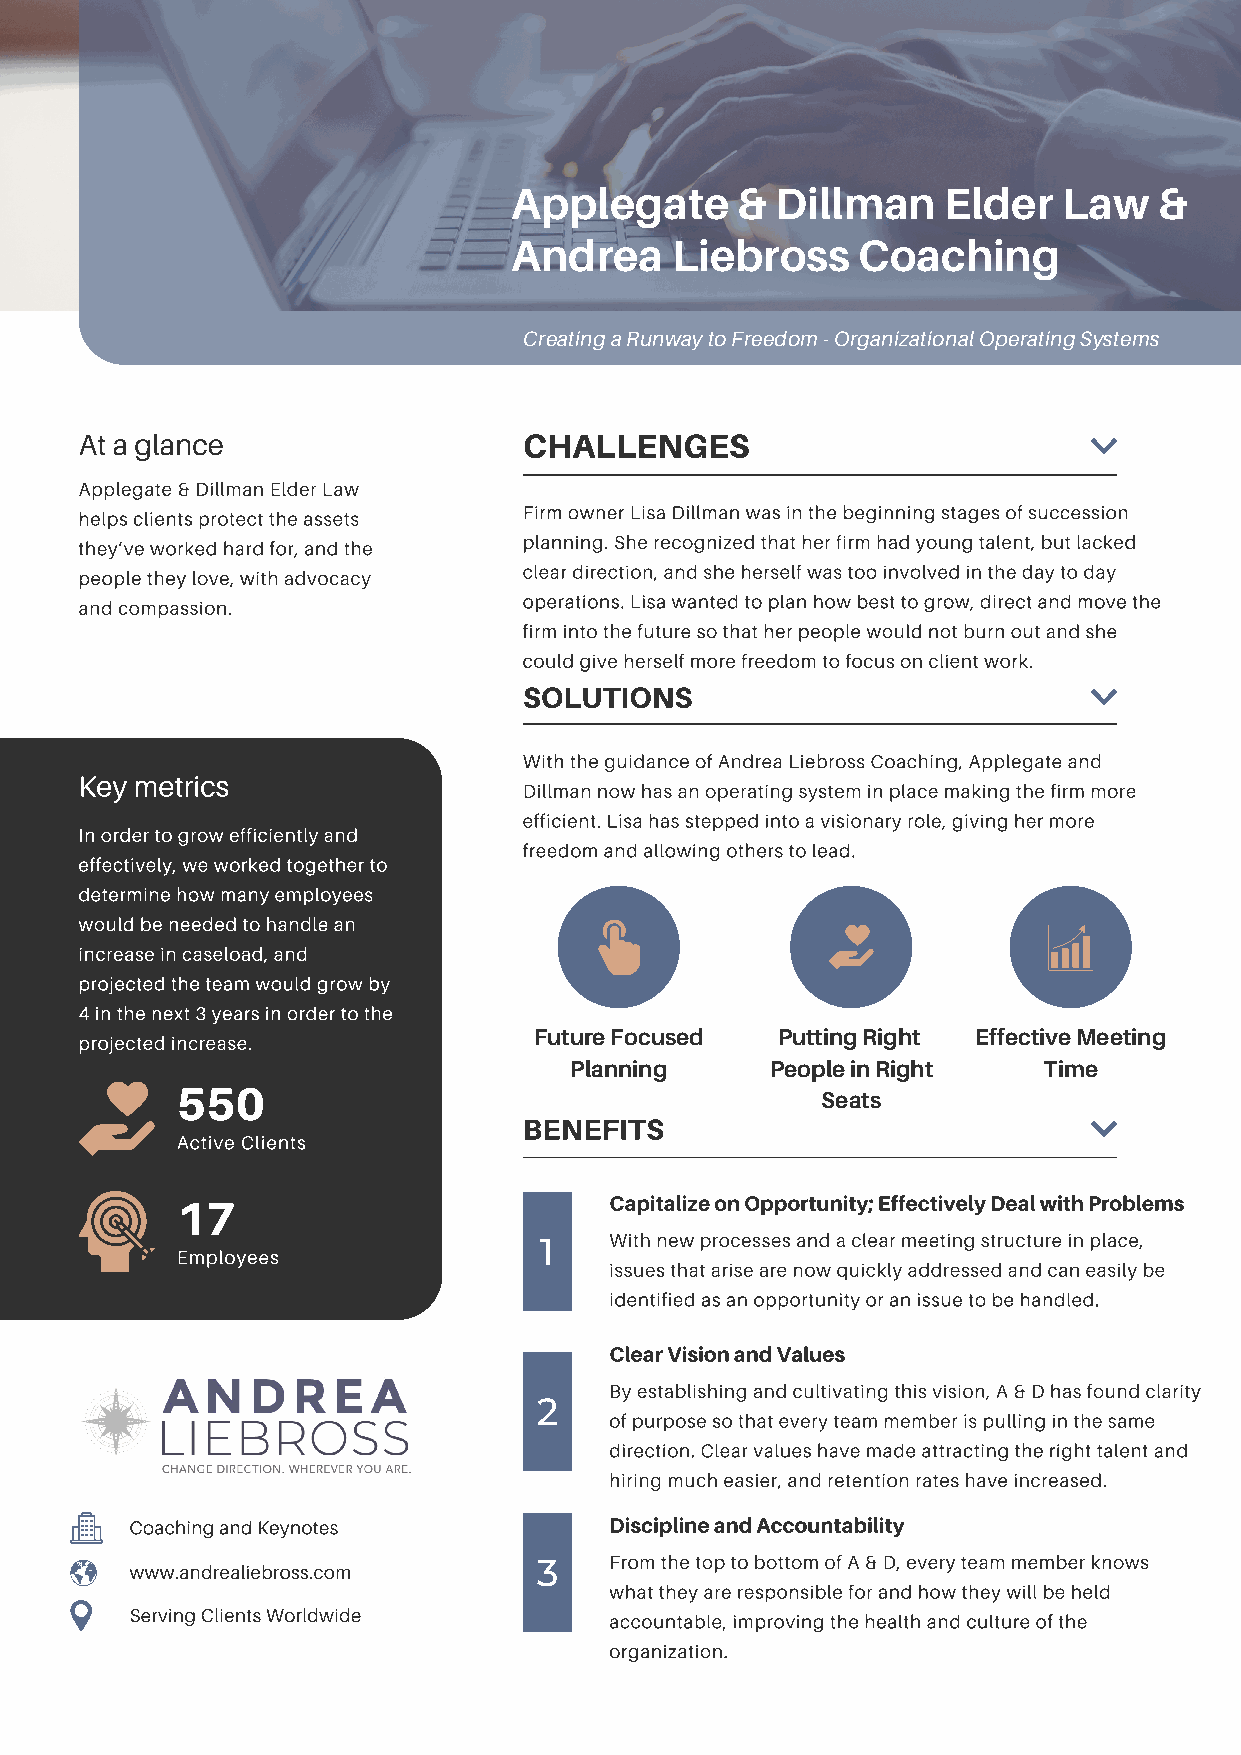
Applegate      & Dillman    Elder   Law    &
 Andrea    Liebross     Coaching
 Creating a Runway to Freedom - Organizational Operating Systems
 At a glance                   CHALLENGES
 Applegate & Dillman Elder Law
 Firm owner Lisa Dillman was in the beginning stages of succession
 helps clients protect the assets
 planning. She recognized that her firm had young talent, but lacked
 they’ve worked hard for, and the
 clear direction, and she herself was too involved in the day to day
 people they love, with advocacy
 operations. Lisa wanted to plan how best to grow, direct and move the
 and compassion.
 firm into the future so that her people would not burn out and she
 could give herself more freedom to focus on client work.
 SOLUTIONS
 With the guidance of Andrea Liebross Coaching, Applegate and
 Key metrics
 Dillman now has an operating system in place making the firm more
 efficient. Lisa has stepped into a visionary role, giving her more
 In order to grow efficiently and
 freedom and allowing others to lead.
 effectively, we worked together to
 determine how many employees
 would be needed to handle an
 increase in caseload, and
 projected the team would grow by
 4 in the next 3 years in order to the
 projected increase.           Future Focused  Putting Right Effective Meeting
 Planning     People in Right   Time
 550
 Seats
 BENEFITS
 Active Clients
 17                          Capitalize on Opportunity; Effectively Deal with Problems
 With new processes and a clear meeting structure in place,
 1
 Employees
 issues that arise are now quickly addressed and can easily be
 identified as an opportunity or an issue to be handled.
 Clear Vision and Values
 By establishing and cultivating this vision, A & D has found clarity
 2
 of purpose so that every team member is pulling in the same
 direction. Clear values have made attracting the right talent and
 hiring much easier, and retention rates have increased.
 Coaching and Keynotes          Discipline and Accountability
 From the top to bottom of A & D, every team member knows
 www.andrealiebross.com     3
 what they are responsible for and how they will be held
 Serving Clients Worldwide
 accountable, improving the health and culture of the
 organization.